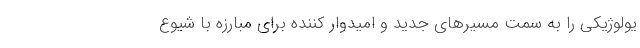
یولوژیکی را به سمت مسیرهای جدید و امیدوار کننده برای مبارزه با شیوع